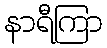
နာရီကြာ